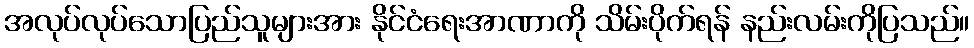
အလုပ်လုပ်သောပြည်သူများအား နိုင်ငံရေးအာဏာကို သိမ်းပိုက်ရန် နည်းလမ်းကိုပြသည်။